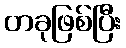
တခုဖြစ်ပြီး